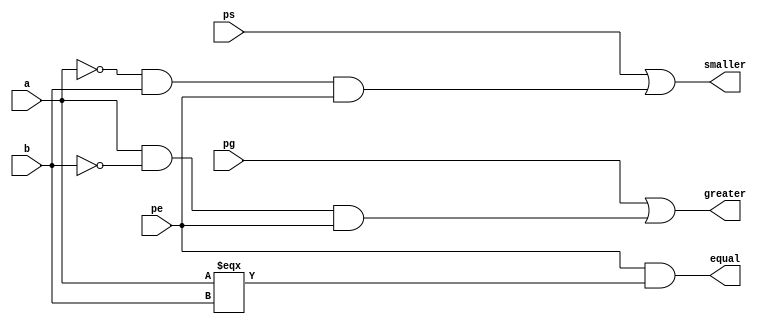
module one_bit_comparator(a,b,pg,pe,ps,greater,equal,smaller);
    input a;
    input b;
    input pg;
    input pe;
    input ps;

    output greater;
    output smaller;
    output equal;

    // Combinational Logic
    assign greater = pg||((a&(~b))&&pe);
    assign equal = pe&&a===b;
    assign smaller = ps||((~a&(b))&&pe);

endmodule